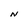
Character: N